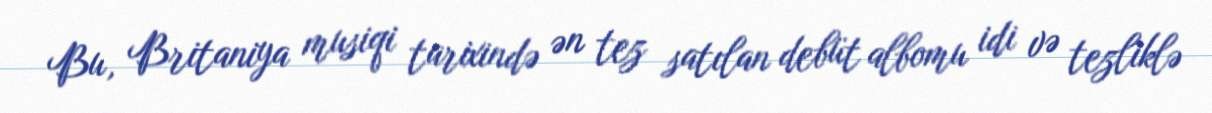
Bu, Britaniya musiqi tarixində ən tez satılan debüt albomu idi və tezliklə